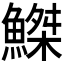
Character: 𫙮